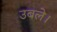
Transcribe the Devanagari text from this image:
उबले।